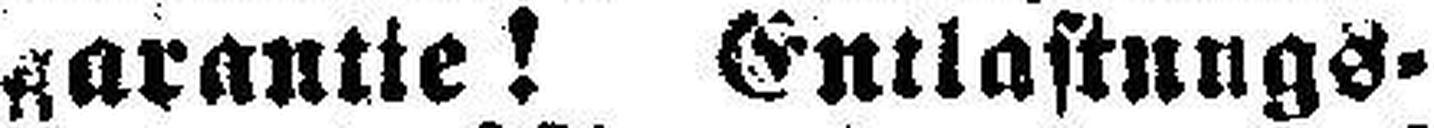
garantie! Entlastungs¬